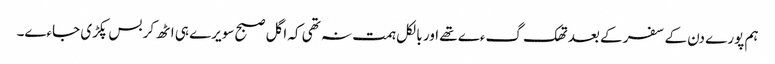
ہم پورے دن کے سفر کے بعد تھک گءے تھے اور بالکل ہمت نہ تھی کہ اگل صبح سویرے ہی اٹھ کر بس پکڑی جاءے۔